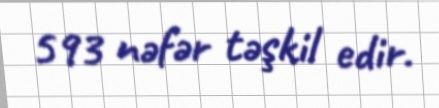
593 nəfər təşkil edir.